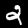
Label: 2